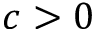
c > 0